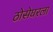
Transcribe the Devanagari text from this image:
ठोसेघरला